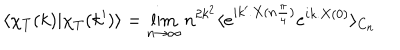
\langle \chi _ { T } ( k ) | \chi _ { T } ( k ^ { \prime } ) \rangle = \lim _ { n \to \infty } n ^ { 2 k ^ { 2 } } \langle e ^ { i k ^ { \prime } . X ( n \frac { \pi } { 4 } ) } e ^ { i k . X ( 0 ) } \rangle _ { C _ { n } }